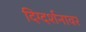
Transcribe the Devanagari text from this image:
दिग्दर्शनावर